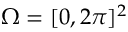
\Omega = [ 0 , 2 \pi ] ^ { 2 }